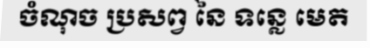
ចំណុច ប្រសព្វ នៃ ទន្លេ មេត